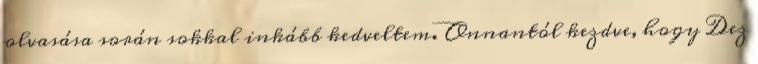
olvasása során sokkal inkább kedveltem. Onnantól kezdve, hogy Dez